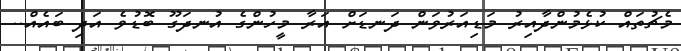
މެޗުތައް ކުޅެމުންދާއިރު މަޑިއަރުވަން ދަނޑަށް އަރާ މީހުންގެ އުނދަގޫ ބޮޑުވެ އަދި ބައެއް..